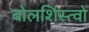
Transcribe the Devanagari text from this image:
बोलशिंस्त्वो